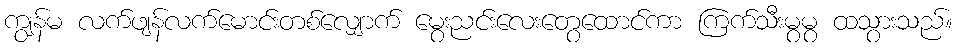
ကျွန်မ လက်ဖျန်လက်မောင်းတစ်လျှောက် မွေးညင်းလေးတွေထောင်ကာ ကြက်သီးမွမွ ထသွားသည်။